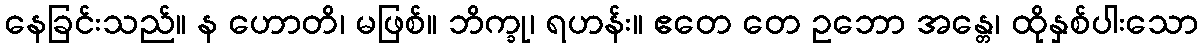
နေခြင်းသည်။ န ဟောတိ၊ မဖြစ်။ ဘိက္ခု၊ ရဟန်း။ ဧတေ တေ ဥဘော အန္တေ၊ ထိုနှစ်ပါးသော